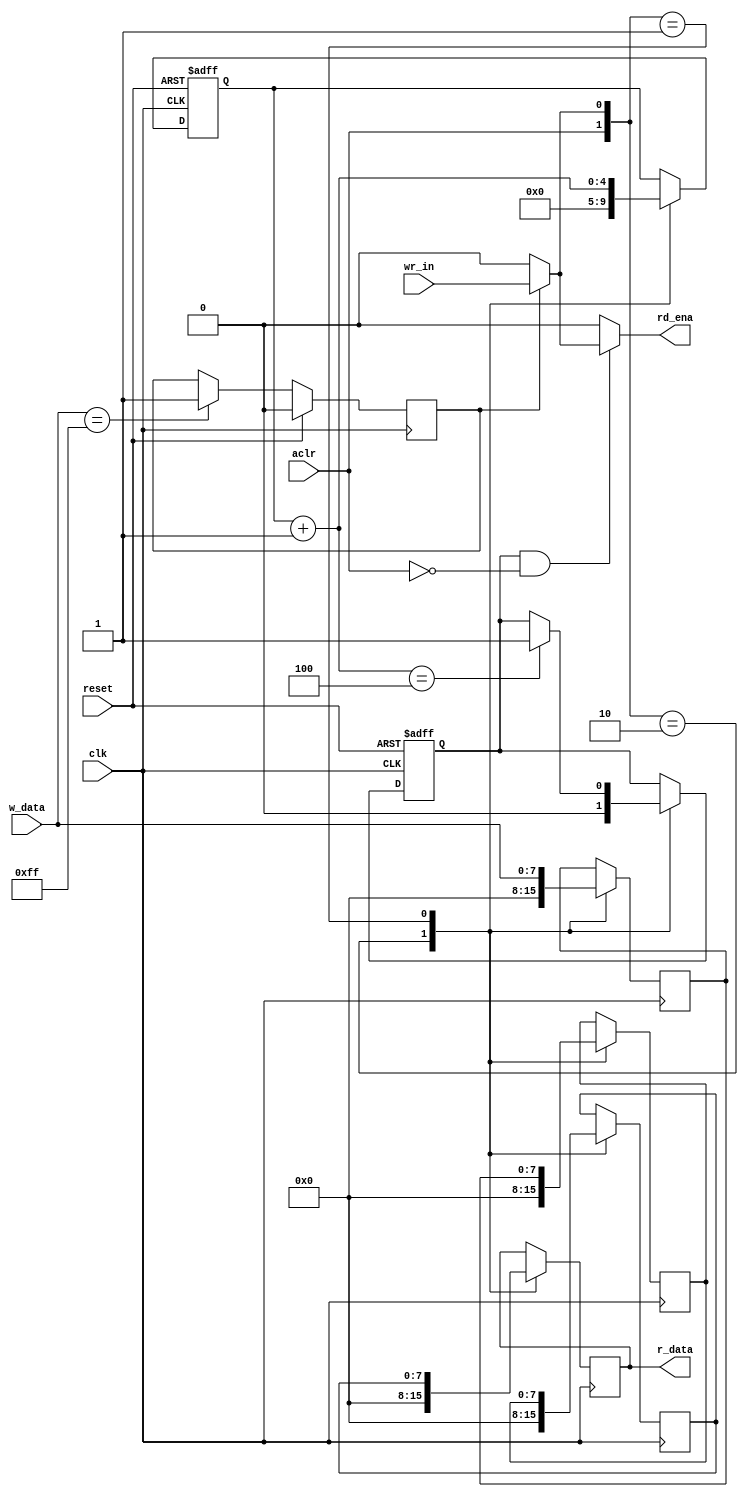
/*

wire rd_ena;
wire [B-1:0] r_data;

wr_fifo 
My_fifo
(
	.clk		(clock),
	.reset		(reset),
	.aclr		(aclr),	
	
	.wr 		(wrreq),
	.w_data		(data),
	
	.rd_ena		(rd_ena),
	.r_data		(r_data)
);
*/


module wr_fifo 
#(
	parameter 	B = 8,
				W = 2
)
(
input wire clk, reset, wr_in, aclr,
input wire 	[7:0] w_data,
output wire [7:0] r_data,
output wire rd_ena
);

// s i g n a l d e c l a r a t i o n
reg [7:0] array_reg [3:0] ; // r e g i s t e r a r r a y
reg [4:0] w_ptr_reg, 	w_ptr_next , w_ptr_succ;

reg wr_ena;
always @ (posedge clk) 
	if (reset) 
		wr_ena <= 1'b0;
	else if (w_data == 8'hff)
		wr_ena <= 1'b1;

wire wr = wr_ena ? wr_in : 1'b0;		

reg  ful_reg, full_next;
// output 
wire ful; assign ful  = ful_reg & ~aclr;

assign rd_ena = ful ? wr : 1'b0;

// body
// reg file write operation
always@(posedge clk) begin
    case ({aclr,wr})
		2'b10: begin
		   array_reg[0] <= 0;
		   array_reg[1] <= 0;
		   array_reg[2] <= 0;
		   array_reg[3] <= 0;
		end
		2'b01:  begin
		   array_reg[0] <= w_data;
		   array_reg[1] <= array_reg[0];
		   array_reg[2] <= array_reg[1];
		   array_reg[3] <= array_reg[2];
		end
	endcase
end

// reg file read operation
assign r_data = array_reg [3];


//fifo control logic
// regs for read and write pointers
always@ (posedge clk, posedge reset)
	if(reset) begin
		w_ptr_reg 	<= 0;
		ful_reg		<= 1'b0;
	end
	
	else begin
		w_ptr_reg 	<= w_ptr_next;
		ful_reg		<= full_next;
	end

// next-state logic for read and write pointers	
always @* begin
	
	w_ptr_succ = w_ptr_reg + 1;	// succesive pointer values
	
	w_ptr_next = w_ptr_reg; 	// default: keep old values
	
	full_next = ful_reg;
	
	case ({aclr,wr})
	
		// 2'b00 : no operation
		
		2'b10: begin // clear	
		
			w_ptr_next	= 0;
			full_next	= 1'b0;
			
		end	
			
		2'b01: begin// write	
		
			w_ptr_next = w_ptr_succ;
			
			if (w_ptr_succ == 4)
				full_next = 1'b1;
				
		end		
		
	endcase
end





endmodule